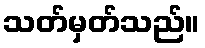
သတ်မှတ်သည်။